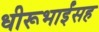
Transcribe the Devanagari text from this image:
धीरूभाईंसह